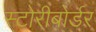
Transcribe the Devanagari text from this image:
स्टोरीबोर्डर